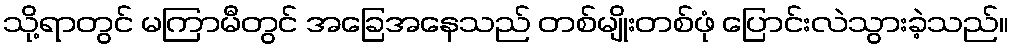
သို့ရာတွင် မကြာမီတွင် အခြေအနေသည် တစ်မျိုးတစ်ဖုံ ပြောင်းလဲသွားခဲ့သည်။